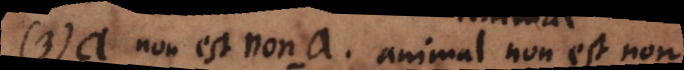
3) a non est non‐a. Animal non est non